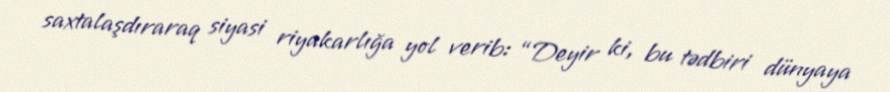
saxtalaşdıraraq siyasi riyakarlığa yol verib: “Deyir ki, bu tədbiri dünyaya